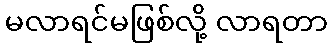
မလာရင်မဖြစ်လို့ လာရတာ